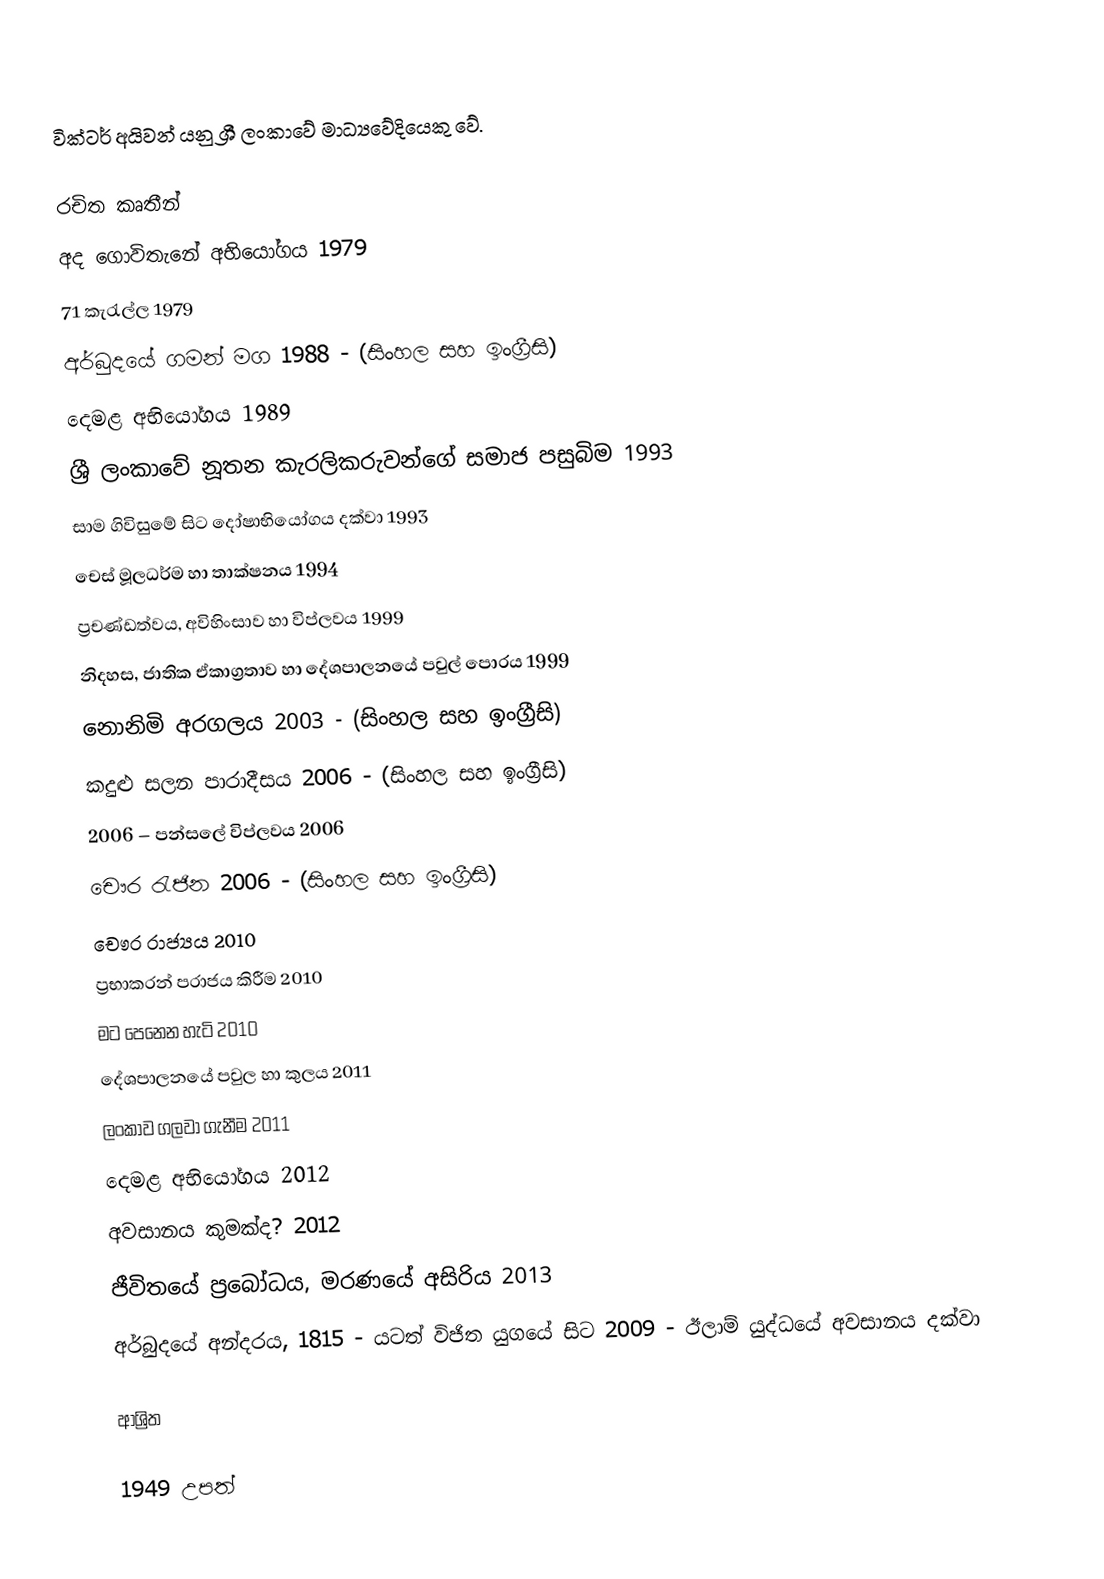
වික්ටර් අයිවන් යනු ශ්‍රී ලංකාවේ මාධ්‍යවේදියෙකු වේ.

රචිත කෘතීන්
 අද ගොවිතැනේ අභියෝගය 1979
 71 කැරැල්ල 1979
 අර්බුදයේ ගමන් මග 1988 - (සිංහල සහ ඉංග්‍රීසි)
 දෙමළ අභියෝගය 1989
 ශ්‍රී ලංකාවේ නූතන කැරලිකරුවන්ගේ සමාජ පසුබිම 1993
 සාම ගිවිසුමේ සිට දෝෂාභියෝගය දක්වා 1993
 චෙස් මූලධර්ම හා තාක්ෂනය 1994
 ප්‍රචණ්ඩත්වය, අවිහිංසාව හා විප්ලවය 1999
 නිදහස, ජාතික ඒකාග්‍රතාව හා දේශපාලනයේ පවුල් පොරය 1999
 නොනිමි අරගලය 2003 - (සිංහල සහ ඉංග්‍රීසි)
 කදුළු සලන පාරාදීසය 2006 - (සිංහල සහ ඉංග්‍රීසි)
 2006 – පන්සලේ විප්ලවය 2006
 චෞර රැජින 2006 - (සිංහල සහ ඉංග්‍රීසි)
 චෞර රාජ්‍යය 2010
 ප්‍රභාකරන් පරාජය කිරීම 2010
 මට පෙනෙන හැටි 2010
 දේශපාලනයේ පවුල හා කුලය 2011
 ලංකාව ගලවා ගැනීම 2011
 දෙමළ අභියෝගය 2012
 අවසානය කුමක්ද? 2012
 ජීවිතයේ ප්‍රබෝධය, මරණයේ අසිරිය 2013
 අර්බුදයේ අන්දරය, 1815 - යටත් විජිත යුගයේ සිට 2009 - ඊලාම් යුද්ධයේ අවසානය දක්වා

ආශ්‍රිත

1949 උපත්